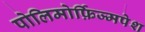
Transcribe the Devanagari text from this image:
पोलिमोर्फ़िज्मपेश